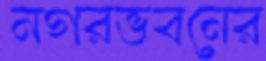
নগরভবনের